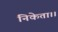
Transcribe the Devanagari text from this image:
निकेता।।